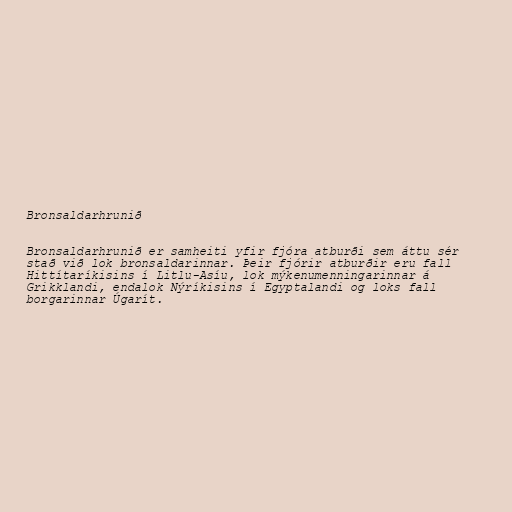
Bronsaldarhrunið

Bronsaldarhrunið er samheiti yfir fjóra atburði sem áttu sér
stað við lok bronsaldarinnar. Þeir fjórir atburðir eru fall
Hittítaríkisins í Litlu-Asíu, lok mýkenumenningarinnar á
Grikklandi, endalok Nýríkisins í Egyptalandi og loks fall
borgarinnar Úgarít.